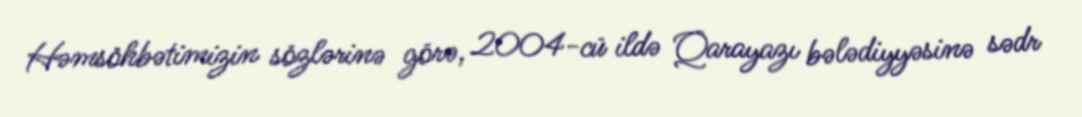
Həmsöhbətimizin sözlərinə görə, 2004-cü ildə Qarayazı bələdiyyəsinə sədr